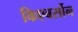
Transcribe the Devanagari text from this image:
किएबर्सोन